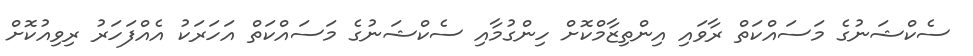
ސެކްޝަނުގެ މަސައްކަތް ރާވައި އިންތިޒާމްކޮށް ހިންގުމާއި ސެކްޝަނުގެ މަސައްކަތް އަހަރަކު އެއްފަހަރު ރިވިއުކޮށް